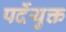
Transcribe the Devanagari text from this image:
पर्देयुक्त